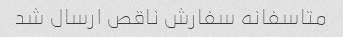
متاسفانه سفارش ناقص ارسال شد